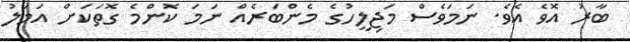
ބާރު އޮވެ އެވެ. ނަމަވެސް މަޖިލީހުގެ މެންބަރެއް ނަމަ ކޮންމެ ގޮތަކަށް އަމަލު